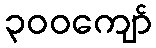
၃၀၀ကျော်